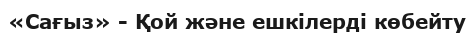
«Сағыз» - Қой және ешкілерді көбейту